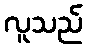
လူသည်